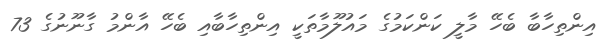
އިންތިހާބާ ބެހޭ މާލީ ކަންކަމުގެ މައުލޫމާތަކީ އިންތިހާބާއި ބެހޭ އާންމު ގާނޫނުގެ 73